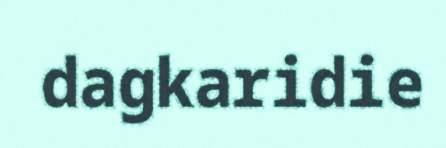
dagkaridie